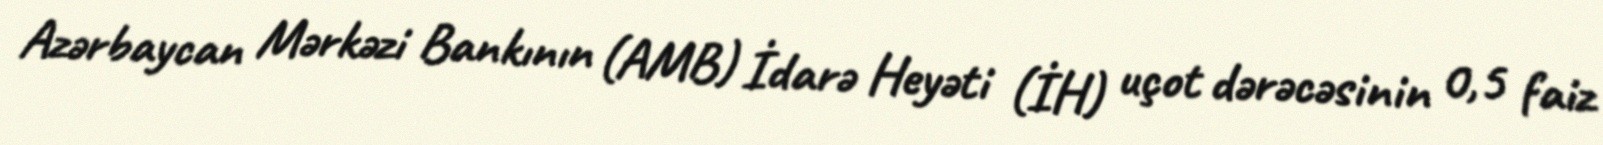
Azərbaycan Mərkəzi Bankının (AMB) İdarə Heyəti (İH) uçot dərəcəsinin 0,5 faiz